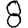
Digit: 8